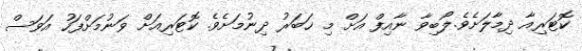
ކޮޓަރިއާ ދިމާލަށެވެ.ލޯބިވާ ނާއިފް އަށް މި ޚަބަރު ދިނުމަށެވެ. ކޮޓަރިއަށް ވަނުމަށްފަހު އަވަސް